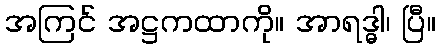
အကြင် အဋ္ဌကထာကို။ အာရဒ္ဓါ၊ ပြီ။